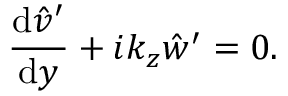
\frac { \mathrm { d } \hat { v } ^ { \prime } } { \mathrm { d } y } + i k _ { z } \hat { w } ^ { \prime } = 0 .